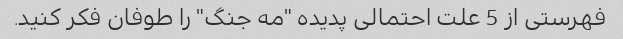
فهرستی از 5 علت احتمالی پدیده "مه جنگ" را طوفان فکر کنید.